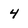
Character: 4